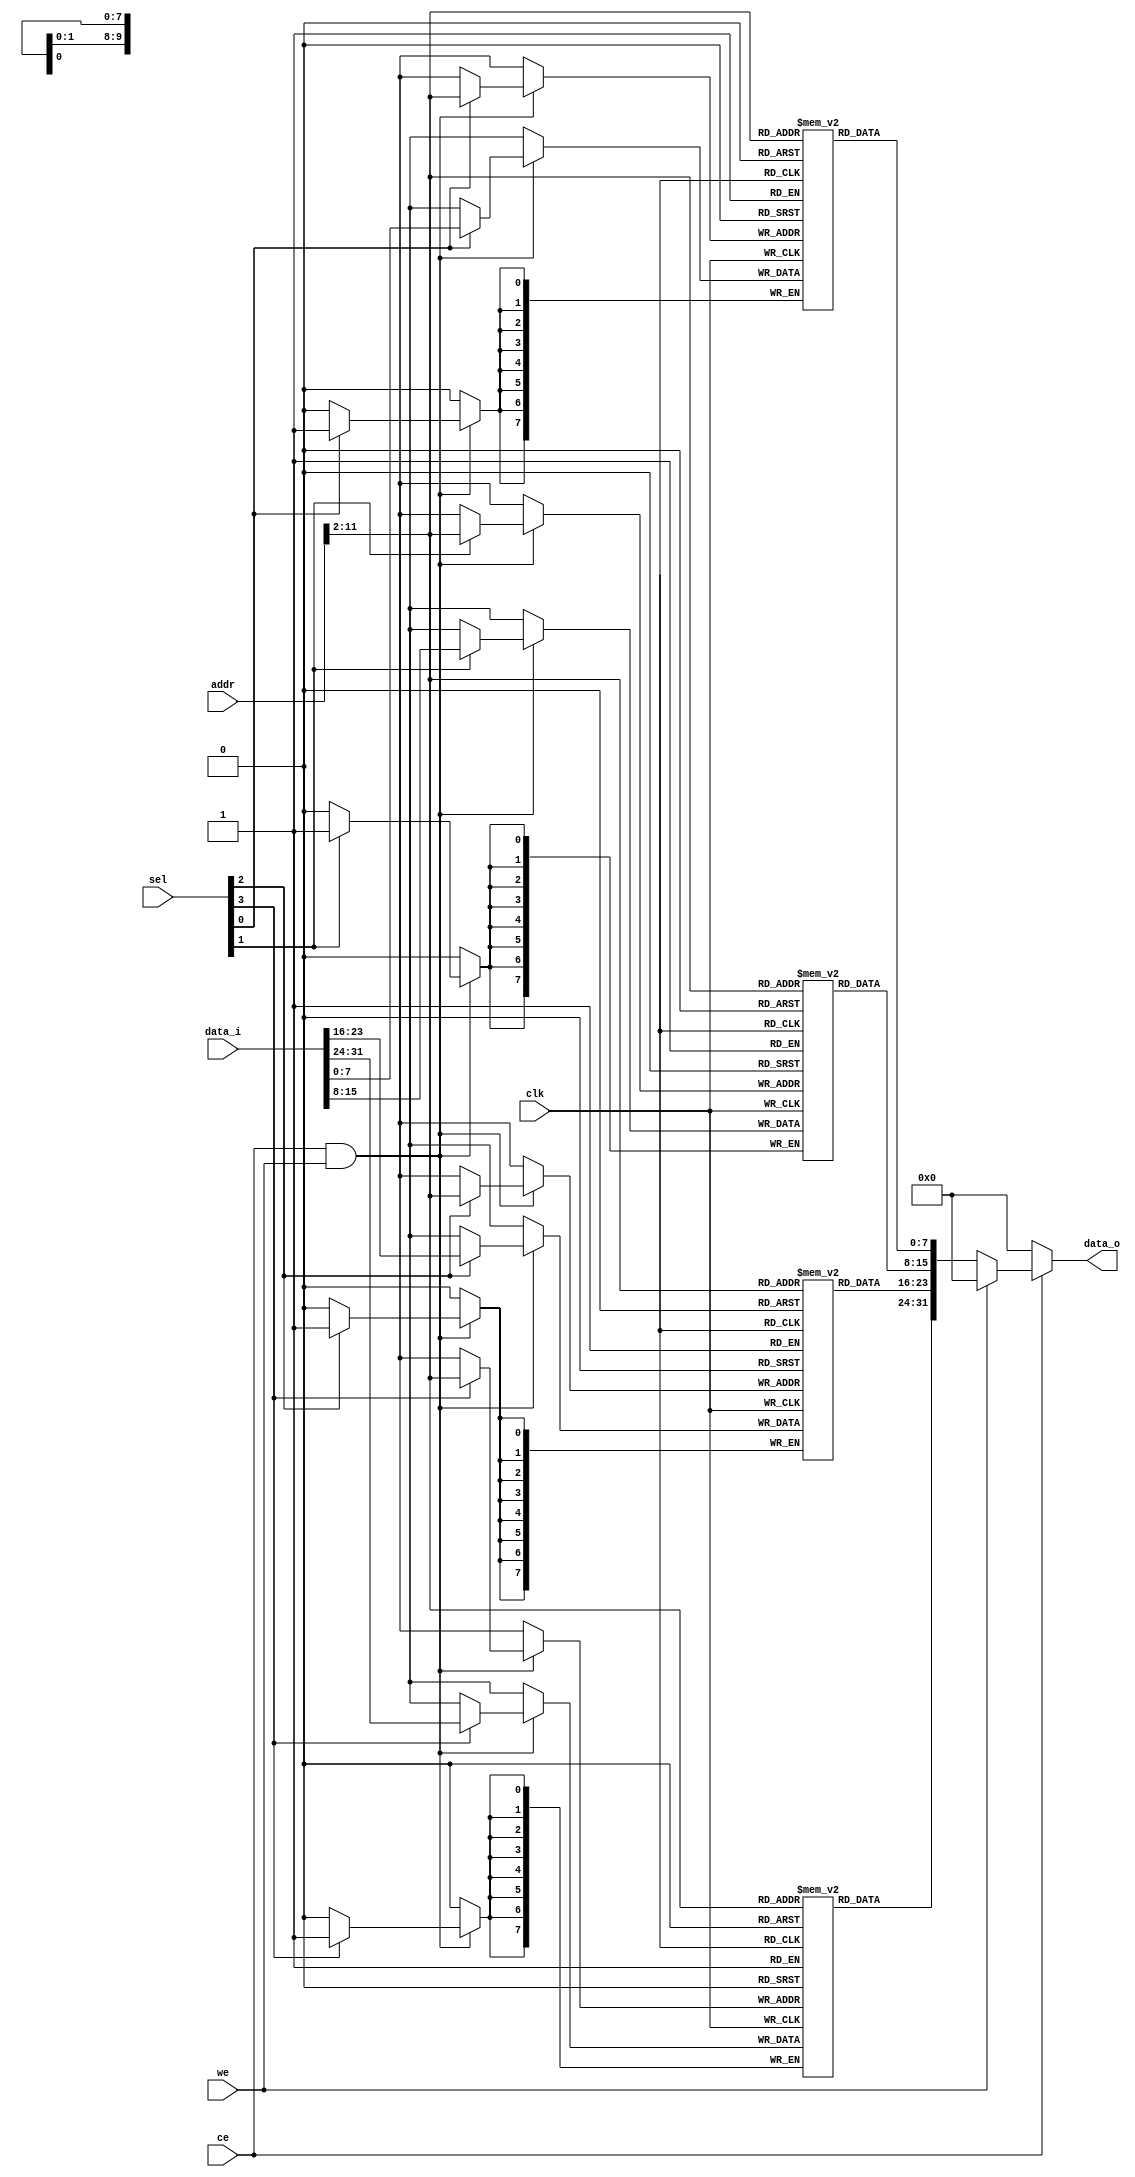
module ram (
    input  wire        ce    ,
    input  wire        we    ,
    input  wire [31:0] addr  ,
    input  wire [ 3:0] sel   ,
    input  wire [31:0] data_i,
    output reg  [31:0] data_o,
    input  wire        clk
);
    localparam MemNum = 1024;
    localparam MemLog = 10;

    reg [7:0] bank0[0:MemNum-1];
    reg [7:0] bank1[0:MemNum-1];
    reg [7:0] bank2[0:MemNum-1];
    reg [7:0] bank3[0:MemNum-1];

    wire [MemLog-1:0] saddr = addr[MemLog+1:2];

    always @(posedge clk) begin
        if (ce && we) begin
            if (sel[3]) bank3[saddr] <= data_i[31:24];
            if (sel[2]) bank2[saddr] <= data_i[23:16];
            if (sel[1]) bank1[saddr] <= data_i[15:8 ];
            if (sel[0]) bank0[saddr] <= data_i[7 :0 ];
        end
    end

    always @ (*) begin
        if (!ce)      data_o <= 0;
        else if (!we) data_o <= {bank3[saddr],bank2[saddr],bank1[saddr],bank0[saddr]};
        else          data_o <= 0;
    end

endmodule